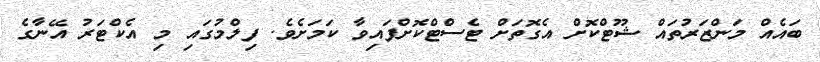
ބައެއް މަންޒަރުތައް ޝޫޓްކޮށް އެގޮތަށް ޓެސްޓްކޮށްފައިވާ ކަމަށެވެ. ފިލްމުގައި މި އެކްޓަރު އޭނާގެ